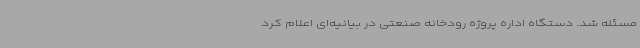
مسئله شد. دستگاه اداره پروژه رودخانه صنعتی در بیانیه‌ای اعلام کرد